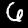
Digit: 6